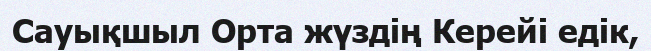
Сауықшыл Орта жүздің Керейі едік,